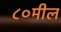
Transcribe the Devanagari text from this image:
८०मील